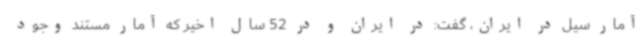
آمار سیل در ایران، گفت: در ایران و در 52 سال اخیر که آمار مستند وجود